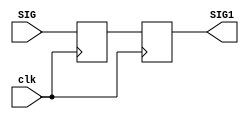
`timescale 1ns / 1ps
//////////////////////////////////////////////////////////////////////////////////
// Company: 
// Engineer: 
// 
// Design Name: 
// Module Name: push_button_detector
// Project Name: 
// Target Devices: 
// Tool Versions: 
// Description: 
// 
// Dependencies: 
// 
// Revision:
// Revision 0.01 - File Created
// Additional Comments:
// 
//////////////////////////////////////////////////////////////////////////////////



module synchronizer(clk,SIG,SIG1);
input clk;
input SIG;
output reg SIG1;
reg META;
//initial begin META = 0; SIG1 = 0; end
always @(posedge clk)begin
    META<=SIG;
    SIG1<=META;
end     
endmodule